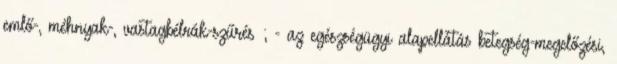
emlő-, méhnyak-, vastagbélrák-szűrés ; - az egészségügyi alapellátás betegség-megelőzési,